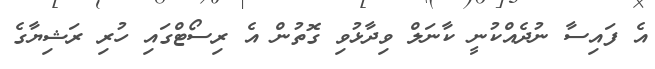
އެ ފައިސާ ނުދެއްކުނީ ކާނަލް ވިދާޅުވި ގޮތުން އެ ރިސޯޓްގައި ހުރި ރަޝިޔާގެ